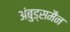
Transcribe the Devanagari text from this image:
अंबुड्समैन